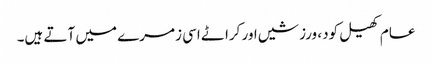
عام کھیل کود، ورزشیں اور کراٹے اسی زمرے میں آتے ہیں۔